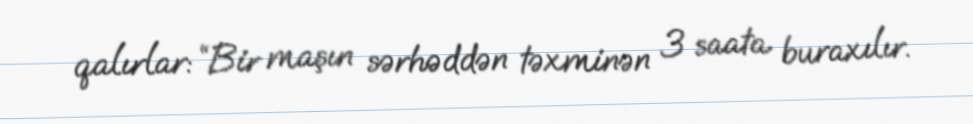
qalırlar: “Bir maşın sərhəddən təxminən 3 saata buraxılır.